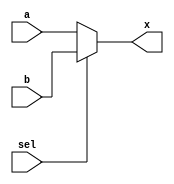
//MUX

module MUX(
	input [31:0] a, b,
	input sel,
	output reg [31:0] x);

always @ (*) begin
	if(sel)begin
	 	x =b;
	 end else begin
	 	x= a;
	 end
end
endmodule